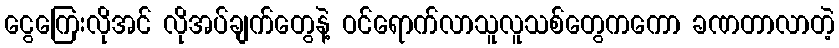
ငွေကြေးလိုအင် လိုအပ်ချက်တွေနဲ့ ဝင်ရောက်လာသူလူသစ်တွေကကော ခဏတာလာတဲ့